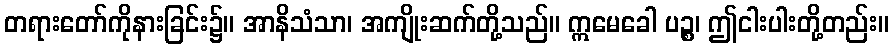
တရားတော်ကိုနားခြင်း၌။ အာနိသံသာ၊ အကျိုးဆက်တို့သည်။ ဣမေခေါ ပဉ္စ၊ ဤငါးပါးတို့တည်း။